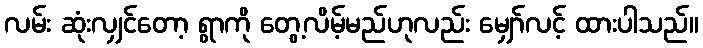
လမ်း ဆုံးလျှင်တော့ ရွာကို တွေ့လိမ့်မည်ဟုလည်း မျှော်လင့် ထားပါသည်။